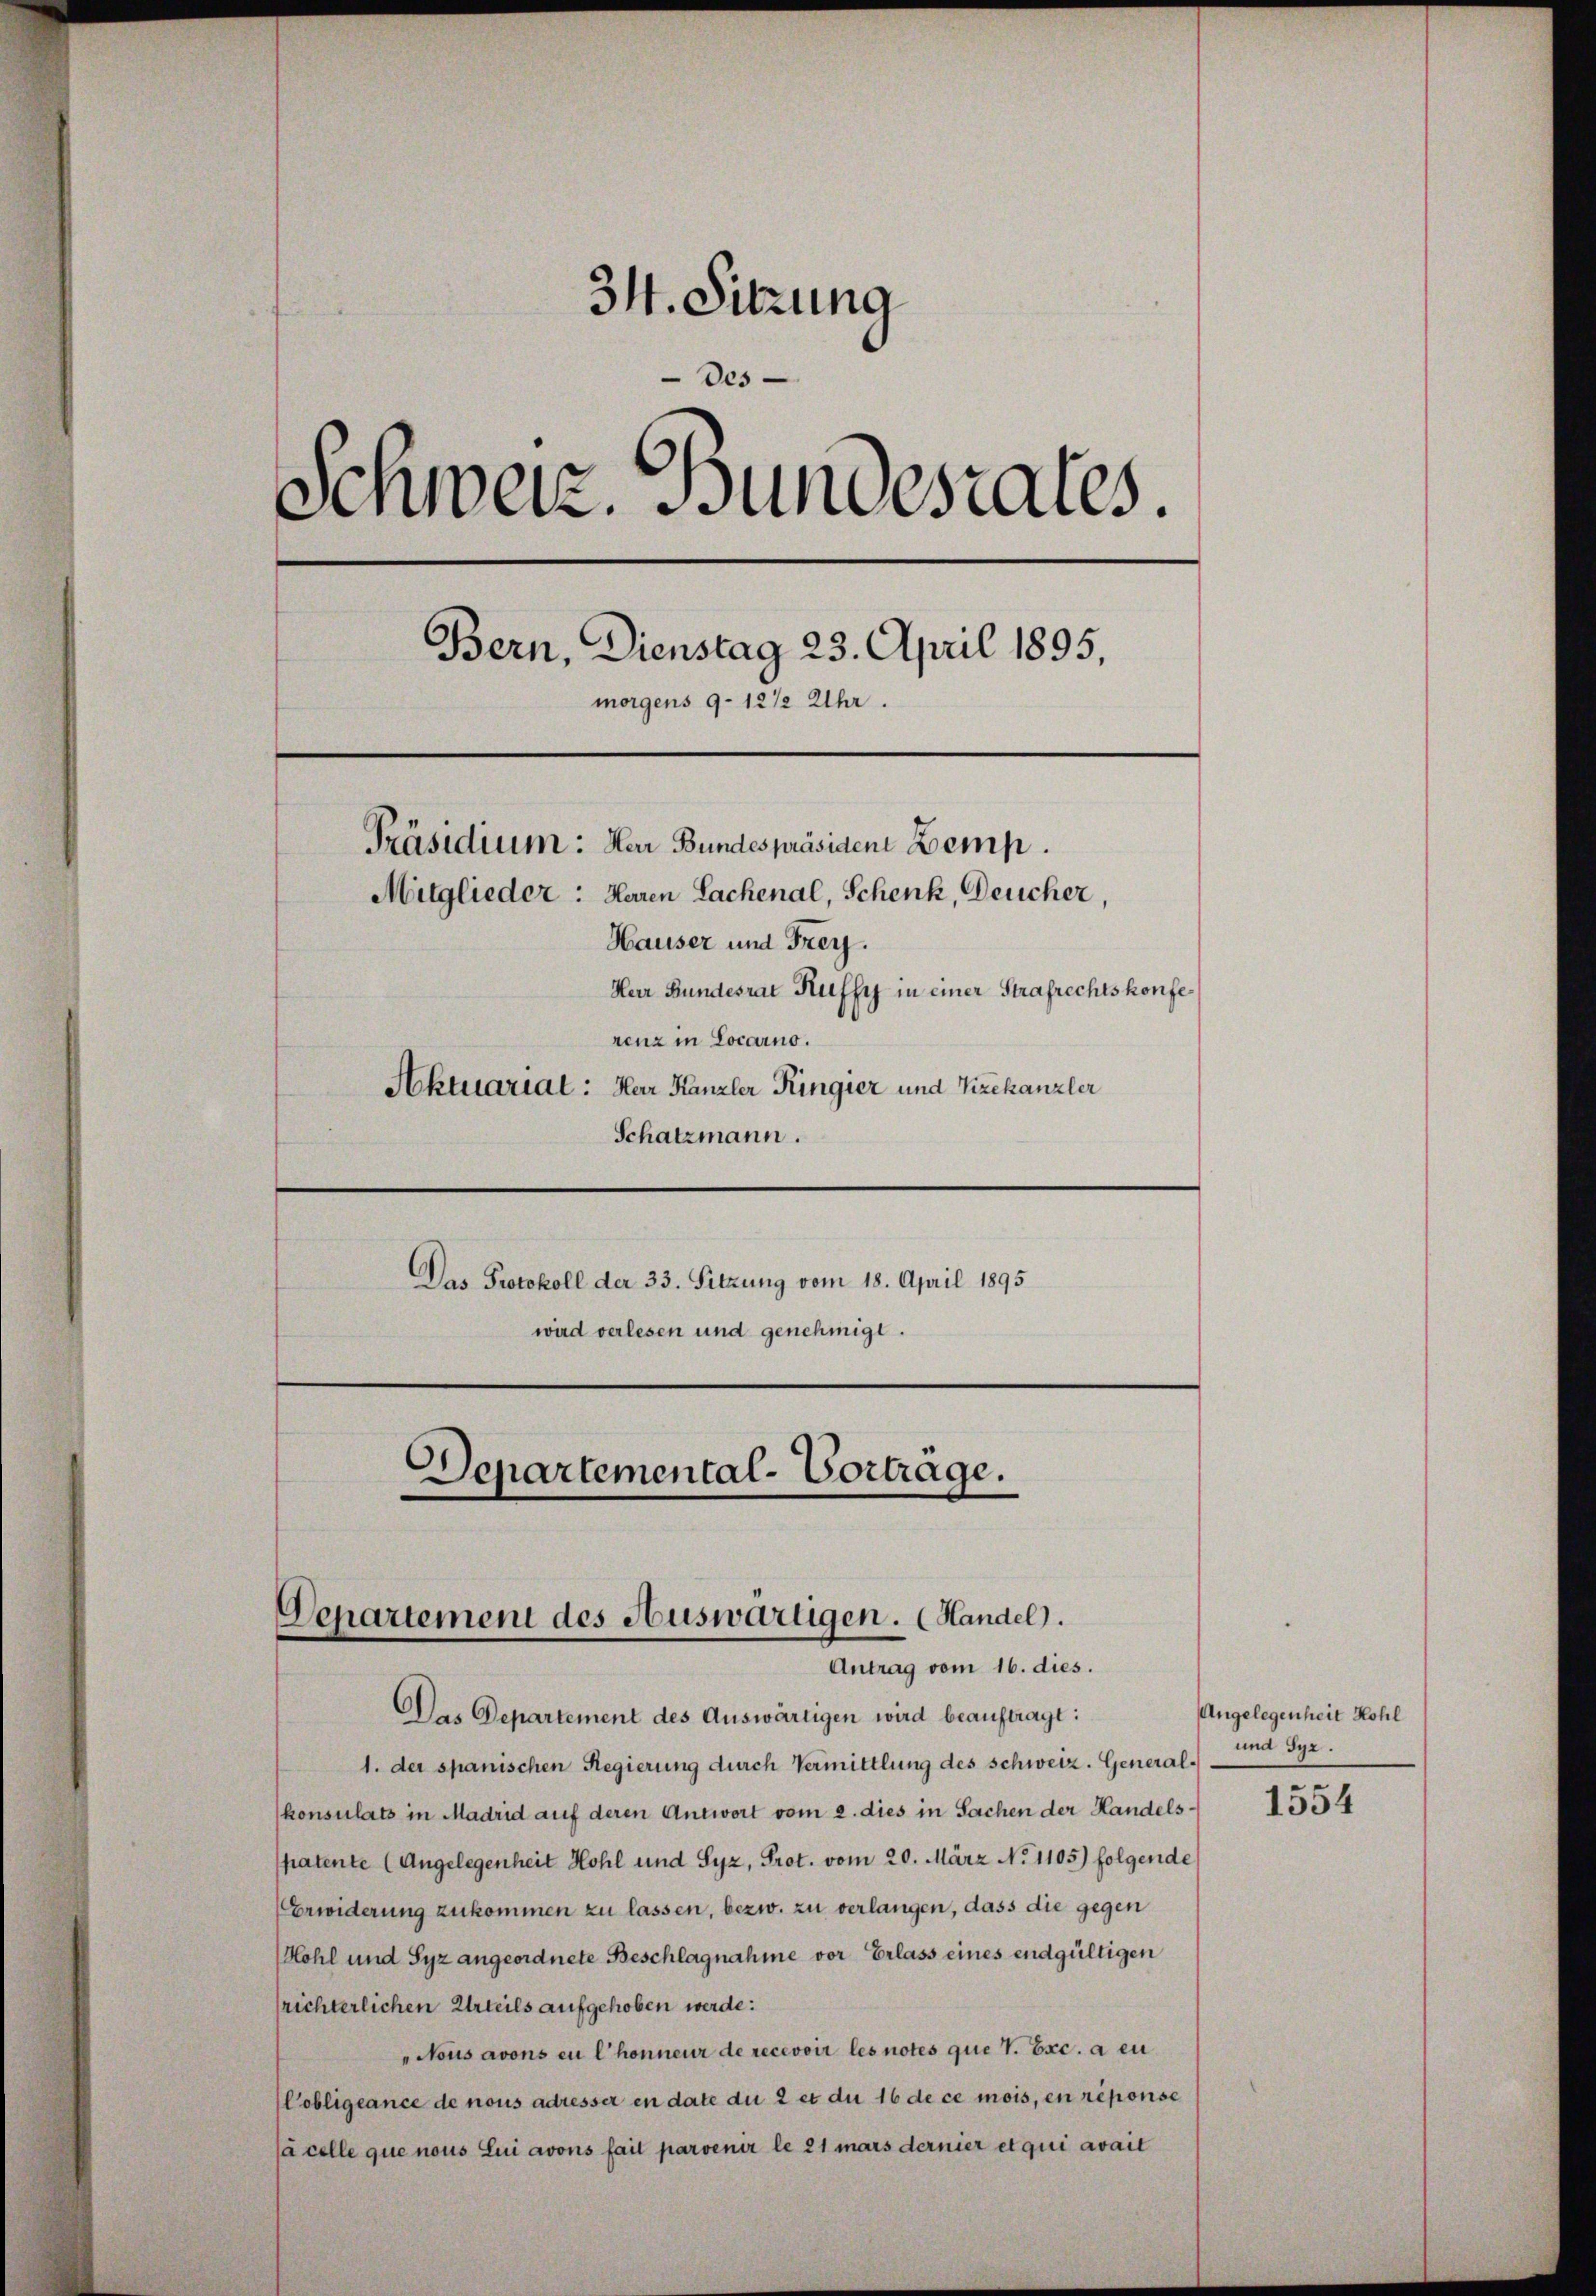
34. Sitzung
Des
Schweiz. Bundesrates.
C
Bern, Dienstag 23. April 1895,
morgens 9–12 1/2 Uhr.
Präsidium: Der Bundespräsident Zemp.
Mitglieder: Haren Sachenal, Schenk, Deucher,
Hauser und Frey.
Herr Bundesrat Ruffy in einer Strafrechtskonfe
renz in Locarno.
Aktuarial: Her Kanzler Ringier und Vizekanzler

Departemental-Vorträge.
Departement des Auswärtigen. (Handel.
Antrag vom 16. dies.

Schatzmann.
Das Protokoll der 33. Sitzung vom 18. April 1895
wird verlesen und genehmigt.

Des Departement des Auswärtigen wird beauftragt:
1. der spanischen Regierung durch Vermittlung des Schweiz. Generalkonsulats in Madrid auf deren Antwort vom 2. dies in Sachen der Handels-
spatente (Angelegenheit Hohl und Syz, Prot. vom 20. März No 1105) folgende
Erwiderung zukommen zu lassen, bezw. zu verlangen, dass die gegen
Hohl und Syz angeordnete Beschlagnahme vor Erlass eines endgültigen
richterlichen Urteils aufgehoben werde:
"Nous avons en l’honneur de recevoir les notes que T. Exc. a eu
Wobligeance de nous adresser en date du 2 et du 16 de ce mois, en reponse
(à celle que nous Lui avons fait parvenir le 21 mars dernier et qui avait

Angelegenheit Kohl
und Syr.

1554